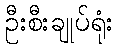
ဦးစီးချုပ်ရုံး